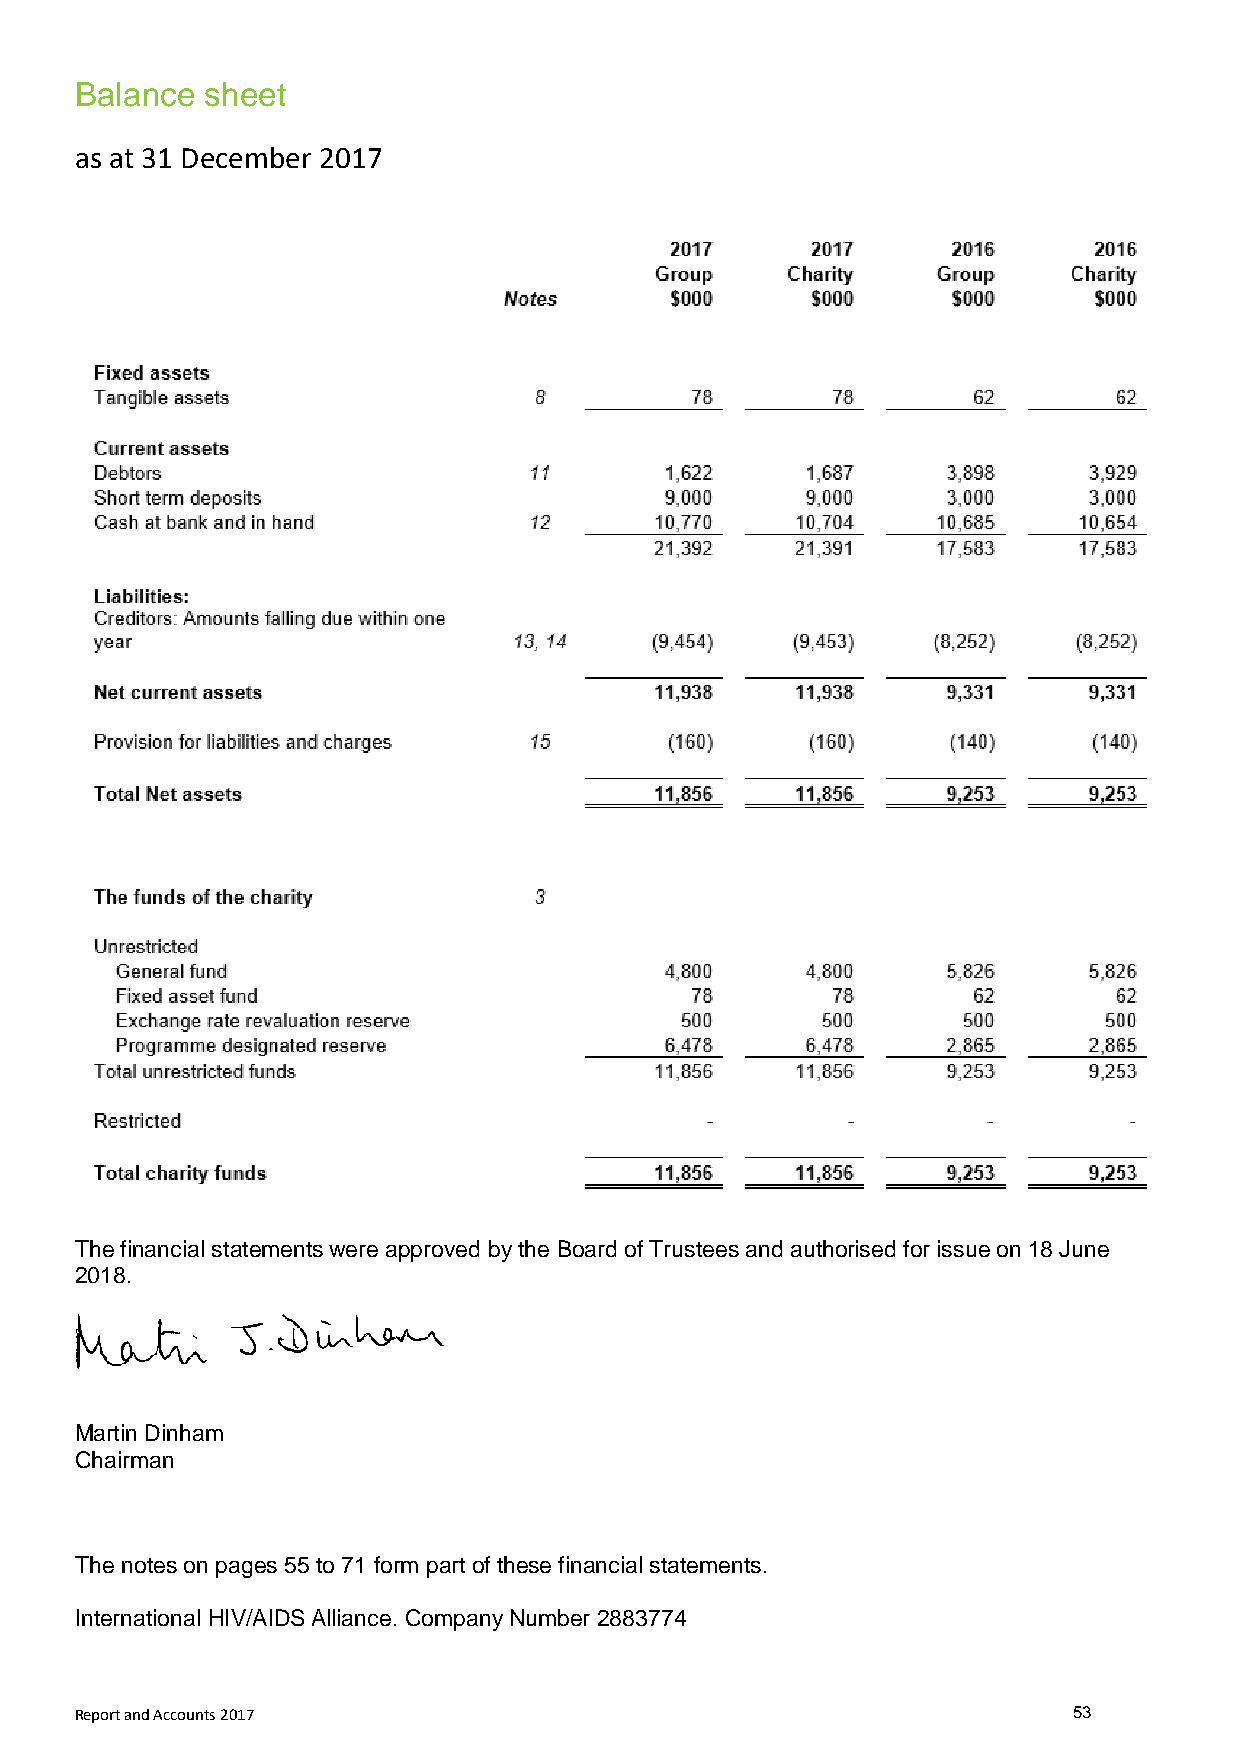
Balance  sheet
 as at 31 December 2017
 The financial statements were approved by the Board of Trustees and authorised for issue on 18 June
 2018.
 Martin Dinham
 Chairman
 The notes on pages 55 to 71 form part of these financial statements.
 International HIV/AIDS Alliance. Company Number 2883774
 Report and Accounts 2017                                          53